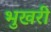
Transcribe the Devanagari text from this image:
भुखरी